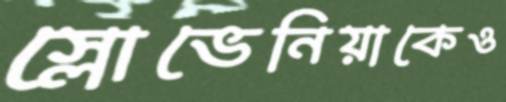
স্লোভেনিয়াকেও